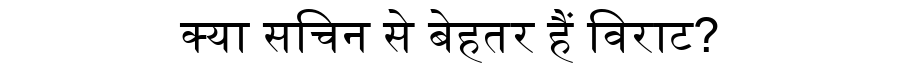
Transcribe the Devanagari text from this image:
क्या सचिन से बेहतर हैं विराट?